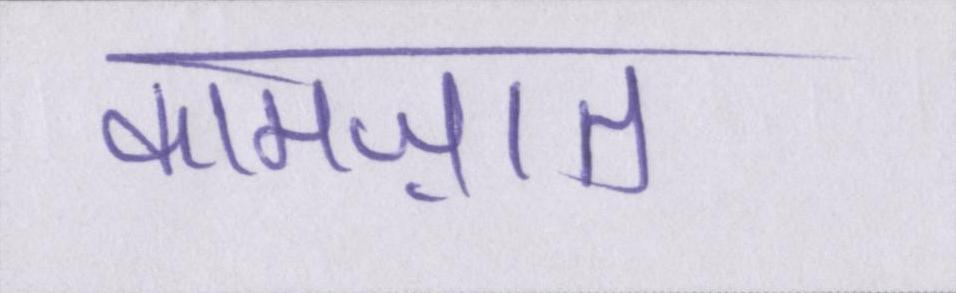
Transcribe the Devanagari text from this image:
कामज़ात